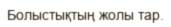
Болыстықтың жолы тар.